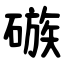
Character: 䃚